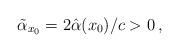
LaTeX: \begin{align*} \tilde \alpha_{x_0}=2\hat{\alpha}(x_0)/c>0\,, \end{align*}